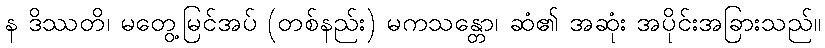
န ဒိဿတိ၊ မတွေ့မြင်အပ် (တစ်နည်း) မကသန္တော၊ ဆံ၏ အဆုံး အပိုင်းအခြားသည်။